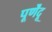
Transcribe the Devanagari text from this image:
पूर्णेंदू